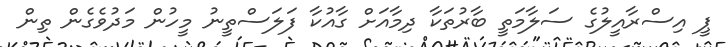
ޕީ އިސްރާއީލުގެ ސަލާމަތީ ބާރުތަކާ ދިމާއަށް ގާއުކާ ފަލަސްތީނު މީހުން މަދުވެގެން ތިން